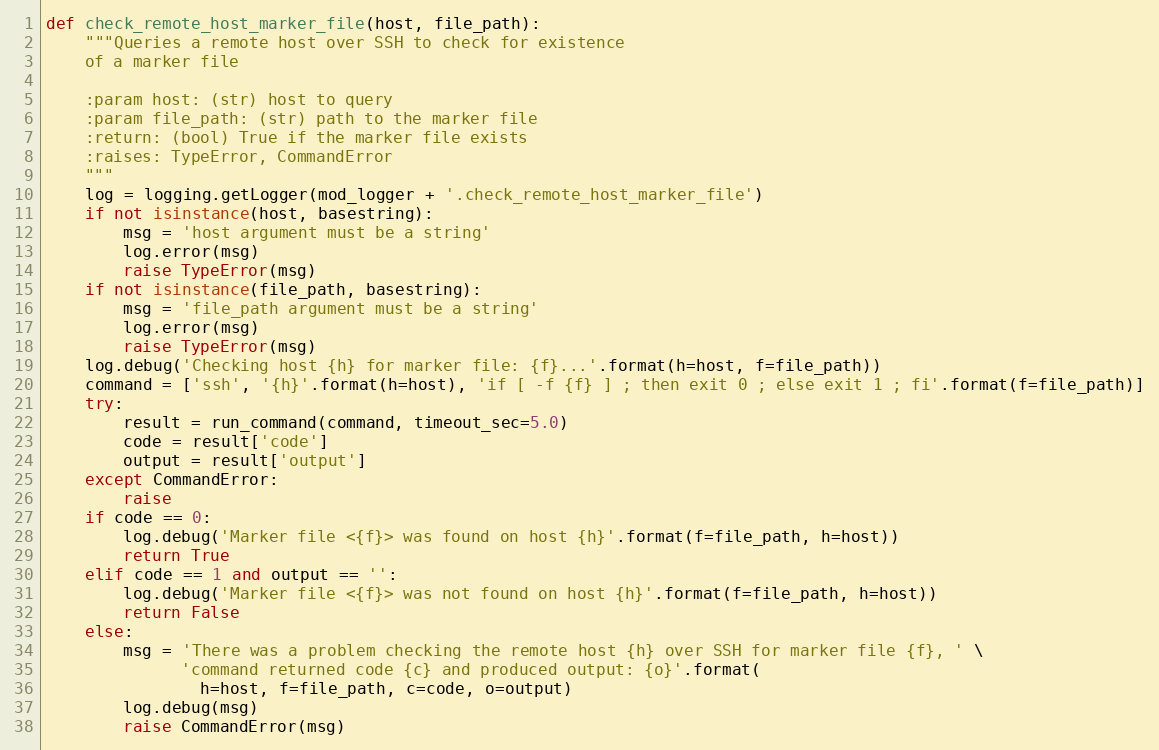
Language: Python
def check_remote_host_marker_file(host, file_path):
    """Queries a remote host over SSH to check for existence
    of a marker file

    :param host: (str) host to query
    :param file_path: (str) path to the marker file
    :return: (bool) True if the marker file exists
    :raises: TypeError, CommandError
    """
    log = logging.getLogger(mod_logger + '.check_remote_host_marker_file')
    if not isinstance(host, basestring):
        msg = 'host argument must be a string'
        log.error(msg)
        raise TypeError(msg)
    if not isinstance(file_path, basestring):
        msg = 'file_path argument must be a string'
        log.error(msg)
        raise TypeError(msg)
    log.debug('Checking host {h} for marker file: {f}...'.format(h=host, f=file_path))
    command = ['ssh', '{h}'.format(h=host), 'if [ -f {f} ] ; then exit 0 ; else exit 1 ; fi'.format(f=file_path)]
    try:
        result = run_command(command, timeout_sec=5.0)
        code = result['code']
        output = result['output']
    except CommandError:
        raise
    if code == 0:
        log.debug('Marker file <{f}> was found on host {h}'.format(f=file_path, h=host))
        return True
    elif code == 1 and output == '':
        log.debug('Marker file <{f}> was not found on host {h}'.format(f=file_path, h=host))
        return False
    else:
        msg = 'There was a problem checking the remote host {h} over SSH for marker file {f}, ' \
              'command returned code {c} and produced output: {o}'.format(
                h=host, f=file_path, c=code, o=output)
        log.debug(msg)
        raise CommandError(msg)